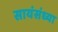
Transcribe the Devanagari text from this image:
सायंसंध्या